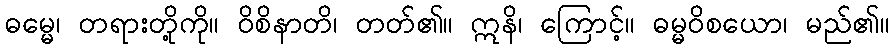
ဓမ္မေ၊ တရားတို့ကို။ ဝိစိနာတိ၊ တတ်၏။ ဣနိ၊ ကြောင့်။ ဓမ္မဝိစယော၊ မည်၏။